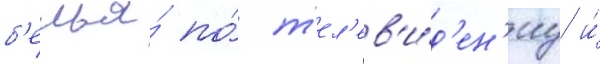
б'елья́ по́ т'ел'ев'и́д'ен'иу и́